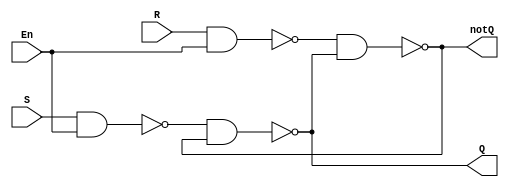
`timescale 1ns / 1ps // delay unit is 1ns

module sr_latch(Q, notQ, En, S, R);

    output wire Q, notQ;
    input wire En, S, R;
    //intermediate nets
    //nandSEN is the output of NAND(S,EN)
    //nandREN is the output of NAND(R,EN)
    //delay of nand0 is 2ns.
    wire nandSEN, nandREN;
    nand #2 nand2(nandSEN, S, En);
    nand #2 nand3(nandREN, R, En);
    nand #2 nand0(Q, nandSEN, notQ);
    nand #2 nand1(notQ, nandREN, Q);
    
endmodule